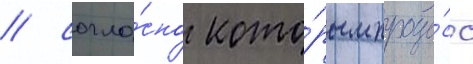
/ согла́сно кото́рым проце́сс